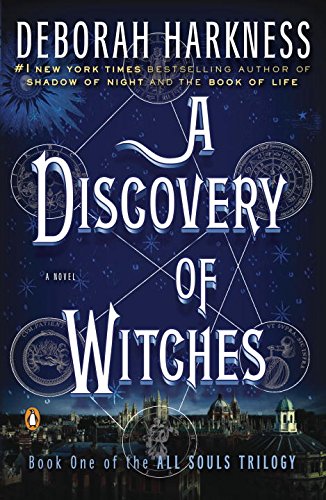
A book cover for A Discovery of Witches: A Novel (All Souls Trilogy); Deborah Harkness; Mystery, Thriller & Suspense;